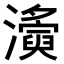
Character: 𤃚